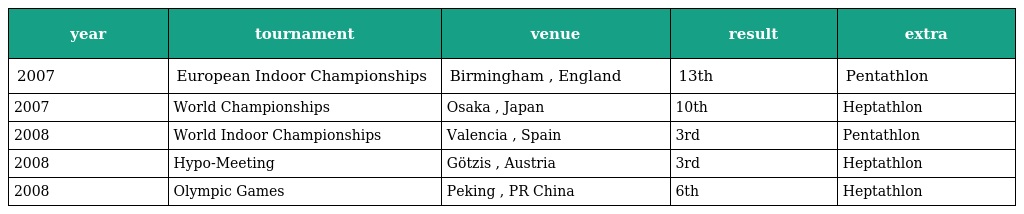
| year | tournament | venue | result | extra |
 | --- | --- | --- | --- | --- |
 | 2007 | European Indoor Championships | Birmingham , England | 13th | Pentathlon |
 | 2007 | World Championships | Osaka , Japan | 10th | Heptathlon |
 | 2008 | World Indoor Championships | Valencia , Spain | 3rd | Pentathlon |
 | 2008 | Hypo-Meeting | Götzis , Austria | 3rd | Heptathlon |
 | 2008 | Olympic Games | Peking , PR China | 6th | Heptathlon |